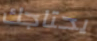
يحتاجك